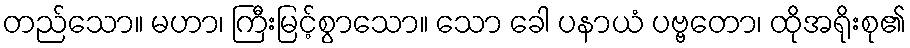
တည်သော။ မဟာ၊ ကြီးမြင့်စွာသော။ သော ခေါ ပနာယံ ပဗ္ဗတော၊ ထိုအရိုးစု၏